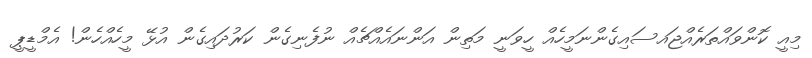
މިއީ ކޮންވައްތަރެއްޖައސައިގެންނަމީހެއް ހީވަނީ މަތިން އަންނައެއްޗެއް ނުފެނިގެން ކަރުދައިގެން އުޅޭ މީހެއްހެން! އެމްޑީޕީ